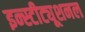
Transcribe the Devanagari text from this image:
इन्स्टीट्यूशनल